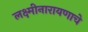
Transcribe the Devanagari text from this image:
लक्ष्मीनारायणाचे